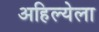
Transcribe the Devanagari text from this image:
अहिल्येला